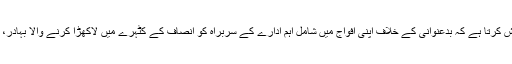
نہ جانے کیوں یہ خبر پڑھ کر یہ سوال دل و دماغ میں گردش کرتا ہے کہ بدعنوانی کے خلاف اپنی افواج میں شامل اہم ادارے کے سربراہ کو انصاف کے کٹہرے میں لاکھڑا کرنے والا بہادر، ملک واپس آکر اپنے ادارے اور منصب کی لاج رکھے گا؟